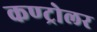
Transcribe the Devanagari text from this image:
कण्ट्रोलर